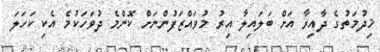
ޚިދުމަތުގެ ދާއިރާ އަށް ބަލައިލާ އިރު މުވައްޒަފުންނަށް ކޮންމެ ދުވަހަކުމެ އެކި ކަހަލަ